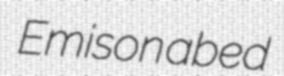
Emison abed